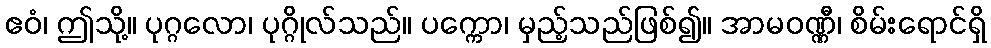
ဧဝံ၊ ဤသို့။ ပုဂ္ဂလော၊ ပုဂ္ဂိုလ်သည်။ ပက္ကော၊ မှည့်သည်ဖြစ်၍။ အာမဝဏ္ဏီ၊ စိမ်းရောင်ရှိ